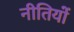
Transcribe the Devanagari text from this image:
नीतियों